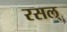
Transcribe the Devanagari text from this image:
रसल्